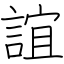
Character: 誼